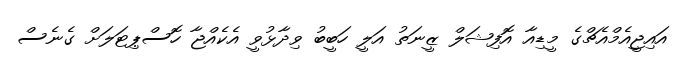
އައިޖީއެމްއެޗްގެ މީޑިއާ އޮފިޝަލް ޒީނަތު އަލީ ހަބީބު ވިދާޅުވީ އެކެއްޖާ ހޮސްޕިޓަލަށް ގެނެސް